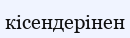
кісендерінен